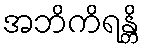
အဘိကိရန္တိ